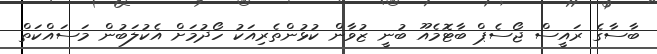
ބާސާގެ ރައީސް ޖޯސެޕް ބާޓޮމެއޫ ބުނީ ޒުވާން ކުޅުންތެރިއަކު ހޯދުމަށް އެކުލަބުން މަސައްކަތް